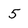
Character: 5